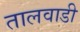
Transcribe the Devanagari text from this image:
तालवाडी